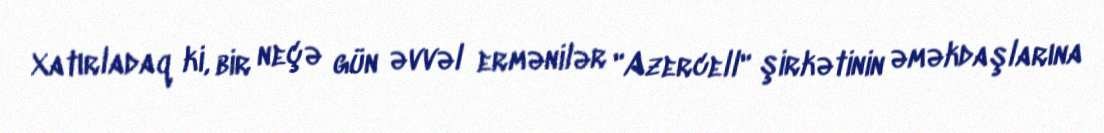
Xatırladaq ki, bir neçə gün əvvəl ermənilər "Azercell" şirkətinin əməkdaşlarına